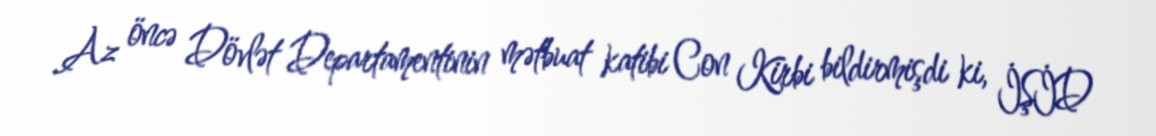
Az öncə Dövlət Departamentinin mətbuat katibi Con Kirbi bildirmişdi ki, İŞİD